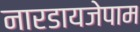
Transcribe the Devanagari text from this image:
नारडायजेपाम